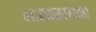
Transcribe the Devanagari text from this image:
शास्त्रसाधना